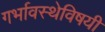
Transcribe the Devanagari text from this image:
गर्भावस्थेविषयी